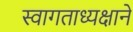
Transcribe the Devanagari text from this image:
स्वागताध्यक्षाने